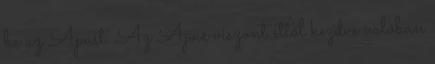
be az Apust. Az Apus viszont ettől kezdve valóban